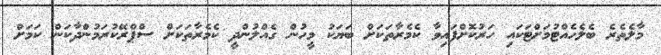
މާލެތެރެ ބެލެހެއްޓުމަށްޓަކައި ހަރުކޮށްފައިވާ ކެމެރާތަކަށް ބަޔަކު މީހުން ގެއްލުންދީ ކެމެރާތަކަށް ސްޕްރޭކުރަމުންދާކަން ކަމަށް